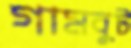
গামবুট